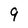
Character: 9